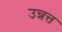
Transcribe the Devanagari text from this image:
उन्नत्त